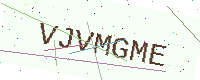
Text: VJVMGME